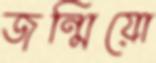
জন্মিয়ো